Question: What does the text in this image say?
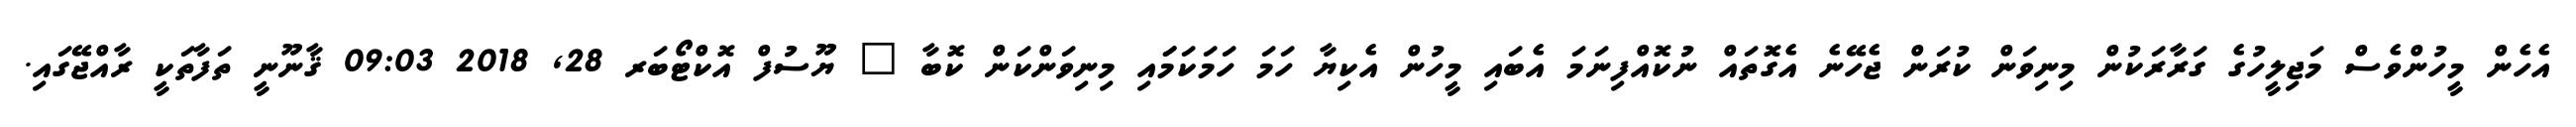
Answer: އެހެން މީހުންވެސް މަޖިލީހުގެ ގަރާރަކުން މިނިވަން ކުރަން ޖެހޭނެ އެގޮތައް ނުކޮއްފިނަމަ އެބައި މީހުން އެކިޔާ ހަމަ ހަމަކަމަައި މިނިވަންކަން ކޮބާ ? ޔޫސުފް އޮކްޓޯބަރ 28, 2018 09:03 ޤާނޫނީ ތަފާތަކީ ރާއްޖޭގައި.